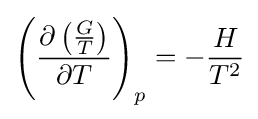
\left({\frac {\partial \left({\frac {G}{T}}\right)}{\partial T}}\right)_{p}=-{\frac {H}{T^{2}}}